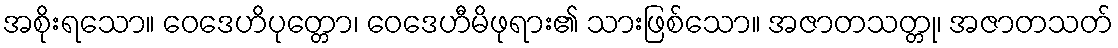
အစိုးရသော။ ဝေဒေဟိပုတ္တော၊ ဝေဒေဟီမိဖုရား၏ သားဖြစ်သော။ အဇာတသတ္တု၊ အဇာတသတ်